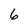
Character: 6